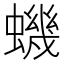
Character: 蟣